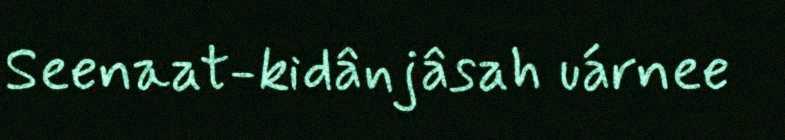
Seenaat-kidânjâsah uárnee